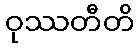
ဝုဿတီတိ